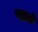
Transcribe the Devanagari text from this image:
पहले